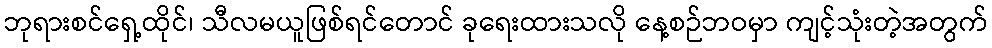
ဘုရားစင်ရှေ့ထိုင်၊ သီလမယူဖြစ်ရင်တောင် ခုရေးထားသလို နေ့စဉ်ဘဝမှာ ကျင့်သုံးတဲ့အတွက်